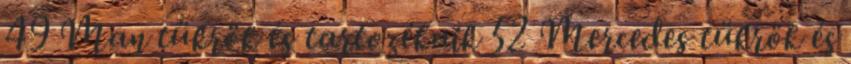
49 Man tükrök és tartozékaik 52 Mercedes tükrök és